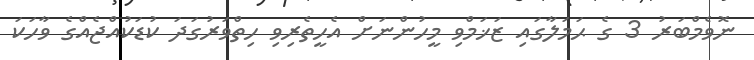
ނޮވެމްބަރު 3 ގެ ޙަމަލާގައި ޒަޚަމްވި މީހުންނަށް އެހީތެރިވި ހިތްވަރުގަދަ ކުޑަކުއްޖެއްގެ ވާހަކަ